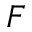
{ F }